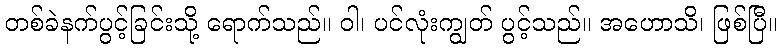
တစ်ခဲနက်ပွင့်ခြင်းသို့ ရောက်သည်။ ဝါ၊ ပင်လုံးကျွတ် ပွင့်သည်။ အဟောသိ၊ ဖြစ်ပြီ။